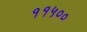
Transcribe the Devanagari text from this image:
११५००